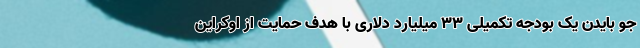
جو بایدن یک بودجه تکمیلی ۳۳ میلیارد دلاری با هدف حمایت از اوکراین